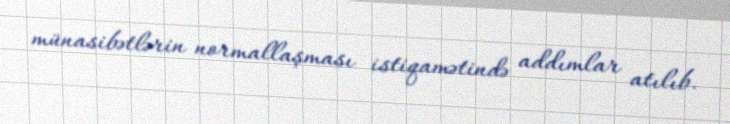
münasibətlərin normallaşması istiqamətində addımlar atılıb.